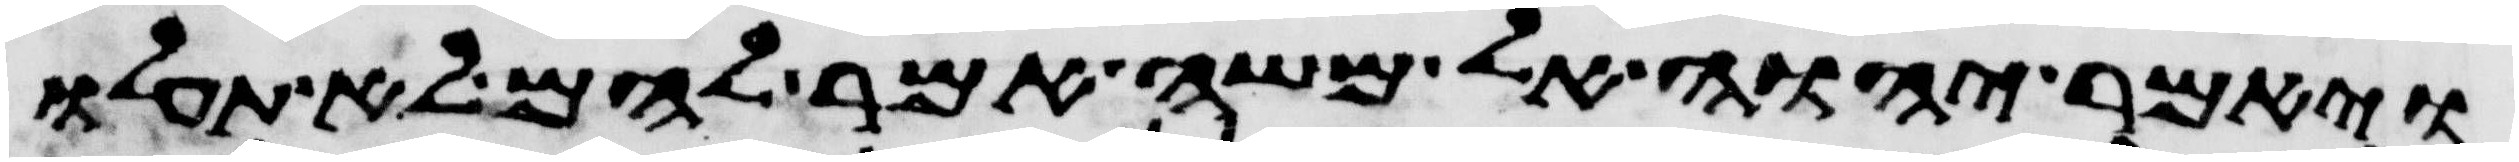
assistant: ויאמר יהוה אל משה אמר להם לא תעלו